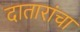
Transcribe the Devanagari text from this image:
दातारांचा